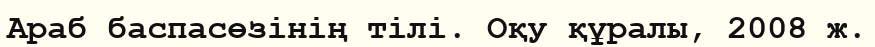
Араб баспасөзінің тілі. Оқу құралы, 2008 ж.